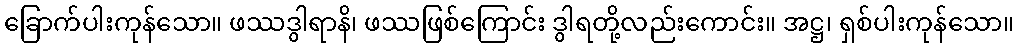
ခြောက်ပါးကုန်သော။ ဖဿဒွါရာနိ၊ ဖဿဖြစ်ကြောင်း ဒွါရတို့လည်းကောင်း။ အဋ္ဌ၊ ရှစ်ပါးကုန်သော။